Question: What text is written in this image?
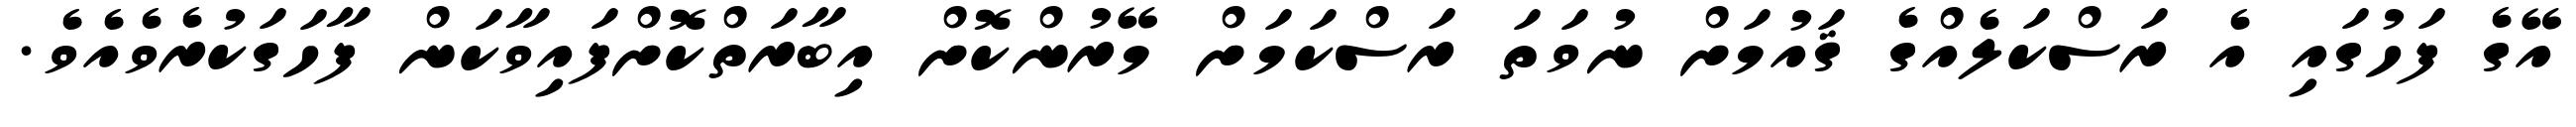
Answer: އޭގެ ފަހުގައި އެ ރަސްކަލެއްގެ ޤައުމަށް ނުވަތަ ރަސްކަމަށް މޭރުންކޮށް އިބާރަތްކޮށްފައިވާކަން ފާހަގަކުރެވެއެވެ.